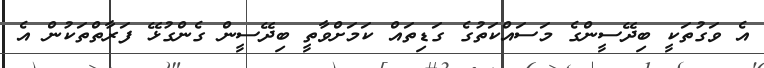
އެ ވަގުތަކީ ބިދޭސީންގެ މަސައްކަތުގެ ގަޑިތައް ކަމަށްވާތީ ބިދޭސީން ގެންގުޅޭ ފަރާތްތަކުން އެ